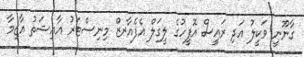
ގާނޫނީ ވަކީލު އަދި ރައީސް އޮފީހުގެ ލީގަލް އެފެއާރޒް މިނިސްޓަރު އާއިޝަތު އާޒިމާ